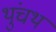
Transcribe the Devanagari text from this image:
थुंचथ